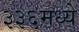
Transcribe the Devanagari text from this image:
३३६मध्ये